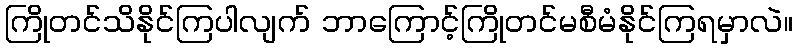
ကြိုတင်သိနိုင်ကြပါလျက် ဘာကြောင့်ကြိုတင်မစီမံနိုင်ကြရမှာလဲ။